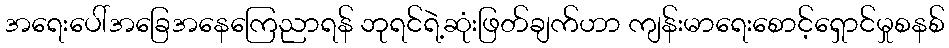
အရေးပေါ်အခြေအနေကြေညာရန် ဘုရင်ရဲ့ဆုံးဖြတ်ချက်ဟာ ကျန်းမာရေးစောင့်ရှောင်မှုစနစ်